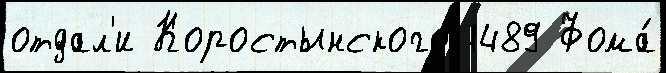
отдал'и Коростынского 1489 Фома́